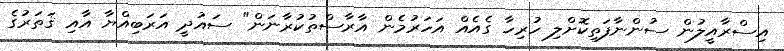
އިސްރާއީލުން ސުންނާފަތިކޮށްލި ހުރިހާ ގެއެއް އަހަރުމެން އާރާސްތުކުރާނަން" ސައުދީ އަރަބިއްޔާ އާއި ޤަތަރުގެ